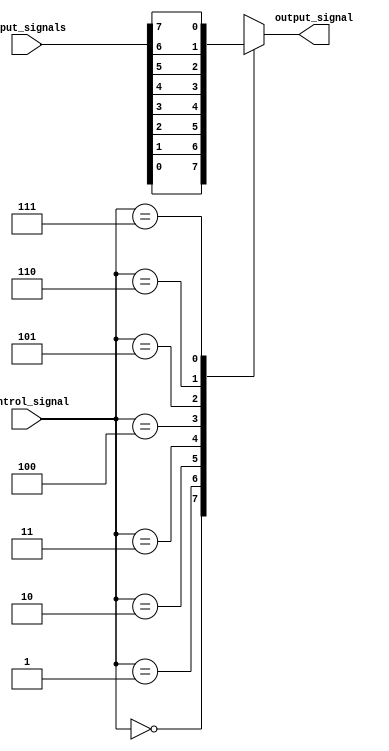
module mux_demux_buffer (
  input wire [7:0] input_signals,
  input wire [2:0] control_signal,
  output reg output_signal
);

always @ (*) begin
  case (control_signal)
    3'b000: output_signal = input_signals[0];
    3'b001: output_signal = input_signals[1];
    3'b010: output_signal = input_signals[2];
    3'b011: output_signal = input_signals[3];
    3'b100: output_signal = input_signals[4];
    3'b101: output_signal = input_signals[5];
    3'b110: output_signal = input_signals[6];
    3'b111: output_signal = input_signals[7];
    default: output_signal = 8'b0;
  endcase
end

endmodule